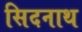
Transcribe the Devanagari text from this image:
सिदनाथ